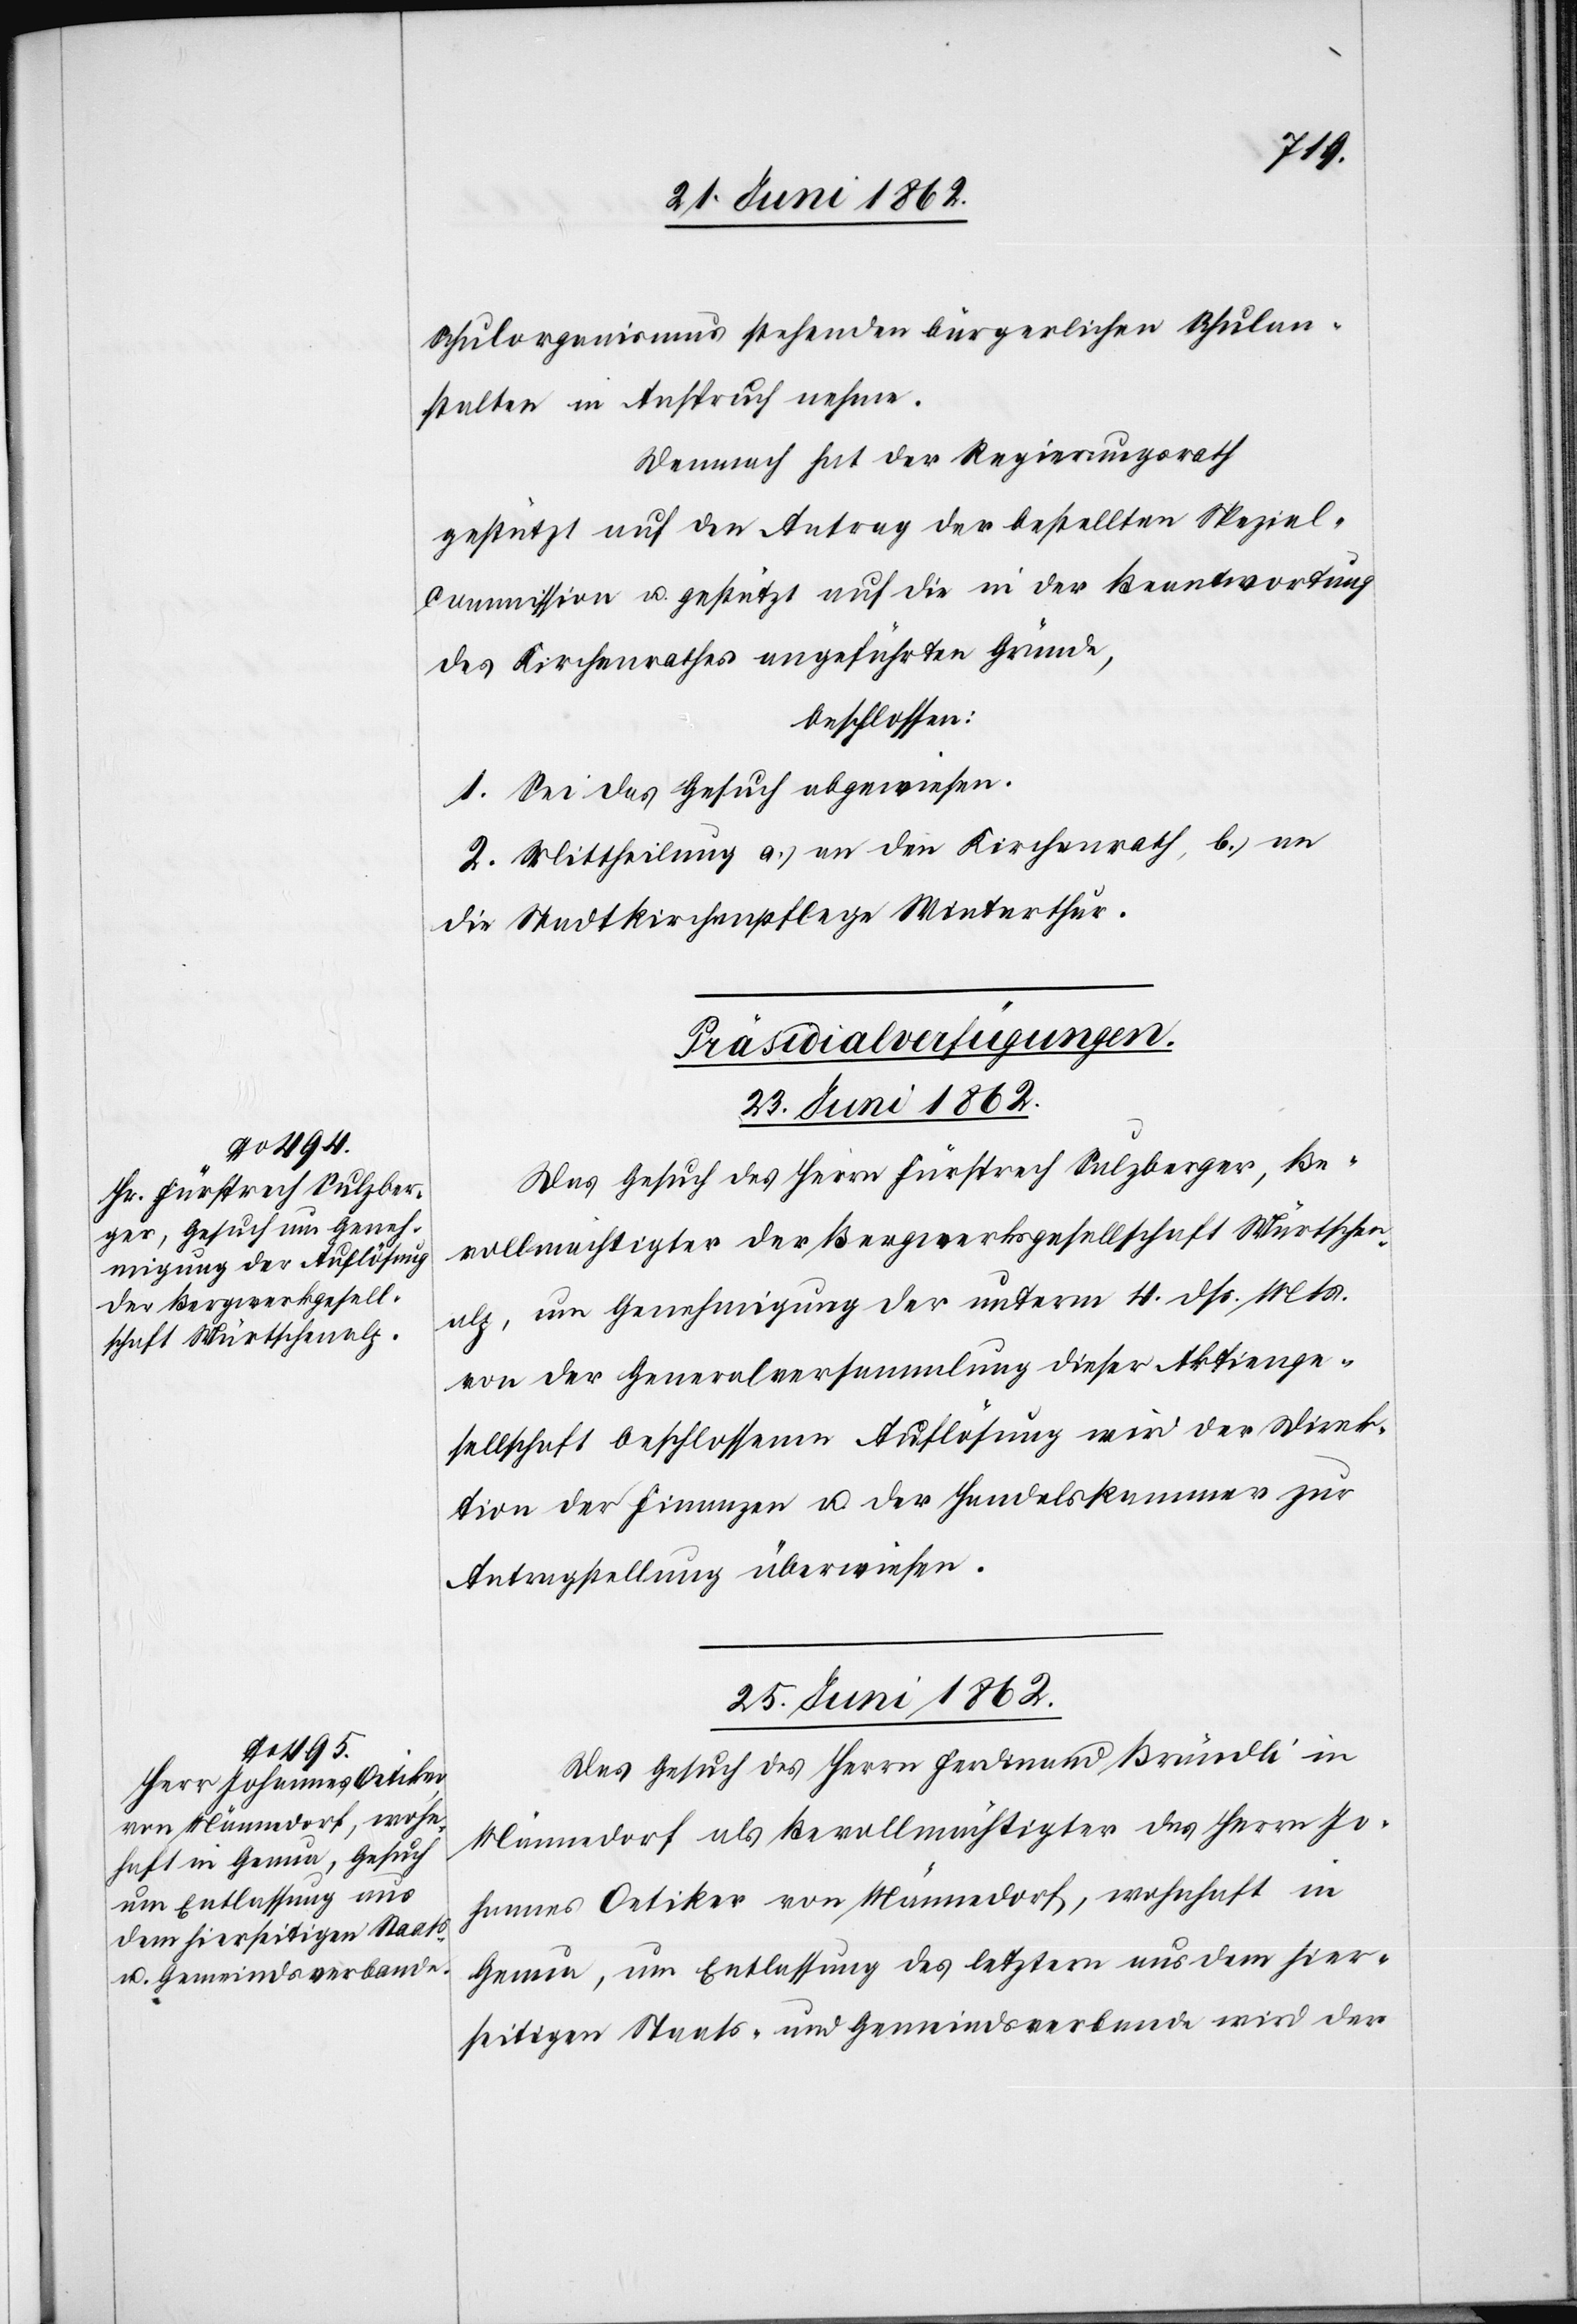
Schulorganismus stehenden bürgerlichen Schulan¬
stalten in Anspruch nehmen.
Demnach hat der Regierungsrath
gestützt auf den Antrag der bestellten Spezial-C¬
ommission u. gestützt auf die in der Beantwortung
des Kirchenrathes angeführten Gründe,
beschlossen:
1. Sei das Gesuch abgewiesen.
2. Mittheilung a) an den Kirchenrath, b) an
die Stadtkirchenpflege Winterthur.
[Präsidialverfügungen.]
25. Juni 1862.
Das Gesuch des Herrn Fürsprech Sulzberger, Be¬
vollmächtigter der Bergwerksgesellschaft Mürtschen¬
alp, um Genehmigung der unterm 4. dß. Mts.
von der Generalversammlung dieser Aktienge¬
sellschaft beschlossenen Auflösung wird der Direk¬
tion der Finanzen u. der Handelskammer zur
Antragstellung überwiesen.
Das Gesuch des Herrn Ferdinand Brändli in
Männedorf als Bevollmächtigter des Herrn Jo¬
hannes Oetiker von Männedorf, wohnhaft in
Genau, um Entlassung des letztern aus dem hier¬
seitigen Staats- und Gemeindsverbande wird der